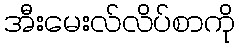
အီးမေးလ်လိပ်စာကို